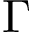
\Gamma